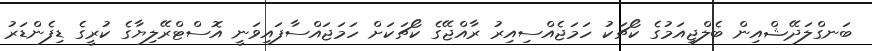
ބަނގްލަދޭޝްއިން ބެލްޖިއަމުގެ ކޯޗަކު ހަމަޖެއްސިއިރު ރާއްޖޭގެ ކޯޗަކަށް ހަމަޖައްސާފައިވަނީ އޮސްޓްރޭލިޔާގެ ކުރީގެ ޑިފެންޑަރު